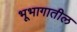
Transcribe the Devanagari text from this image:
भूभागातील